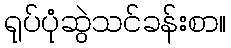
ရုပ်ပုံဆွဲသင်ခန်းစာ။